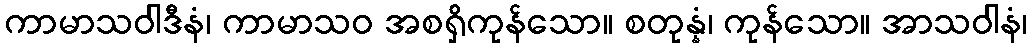
ကာမာသဝါဒီနံ၊ ကာမာသဝ အစရှိကုန်သော။ စတုန္နံ၊ ကုန်သော။ အာသဝါနံ၊